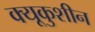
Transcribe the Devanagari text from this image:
क्यूकुशीन